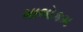
માલોકમ